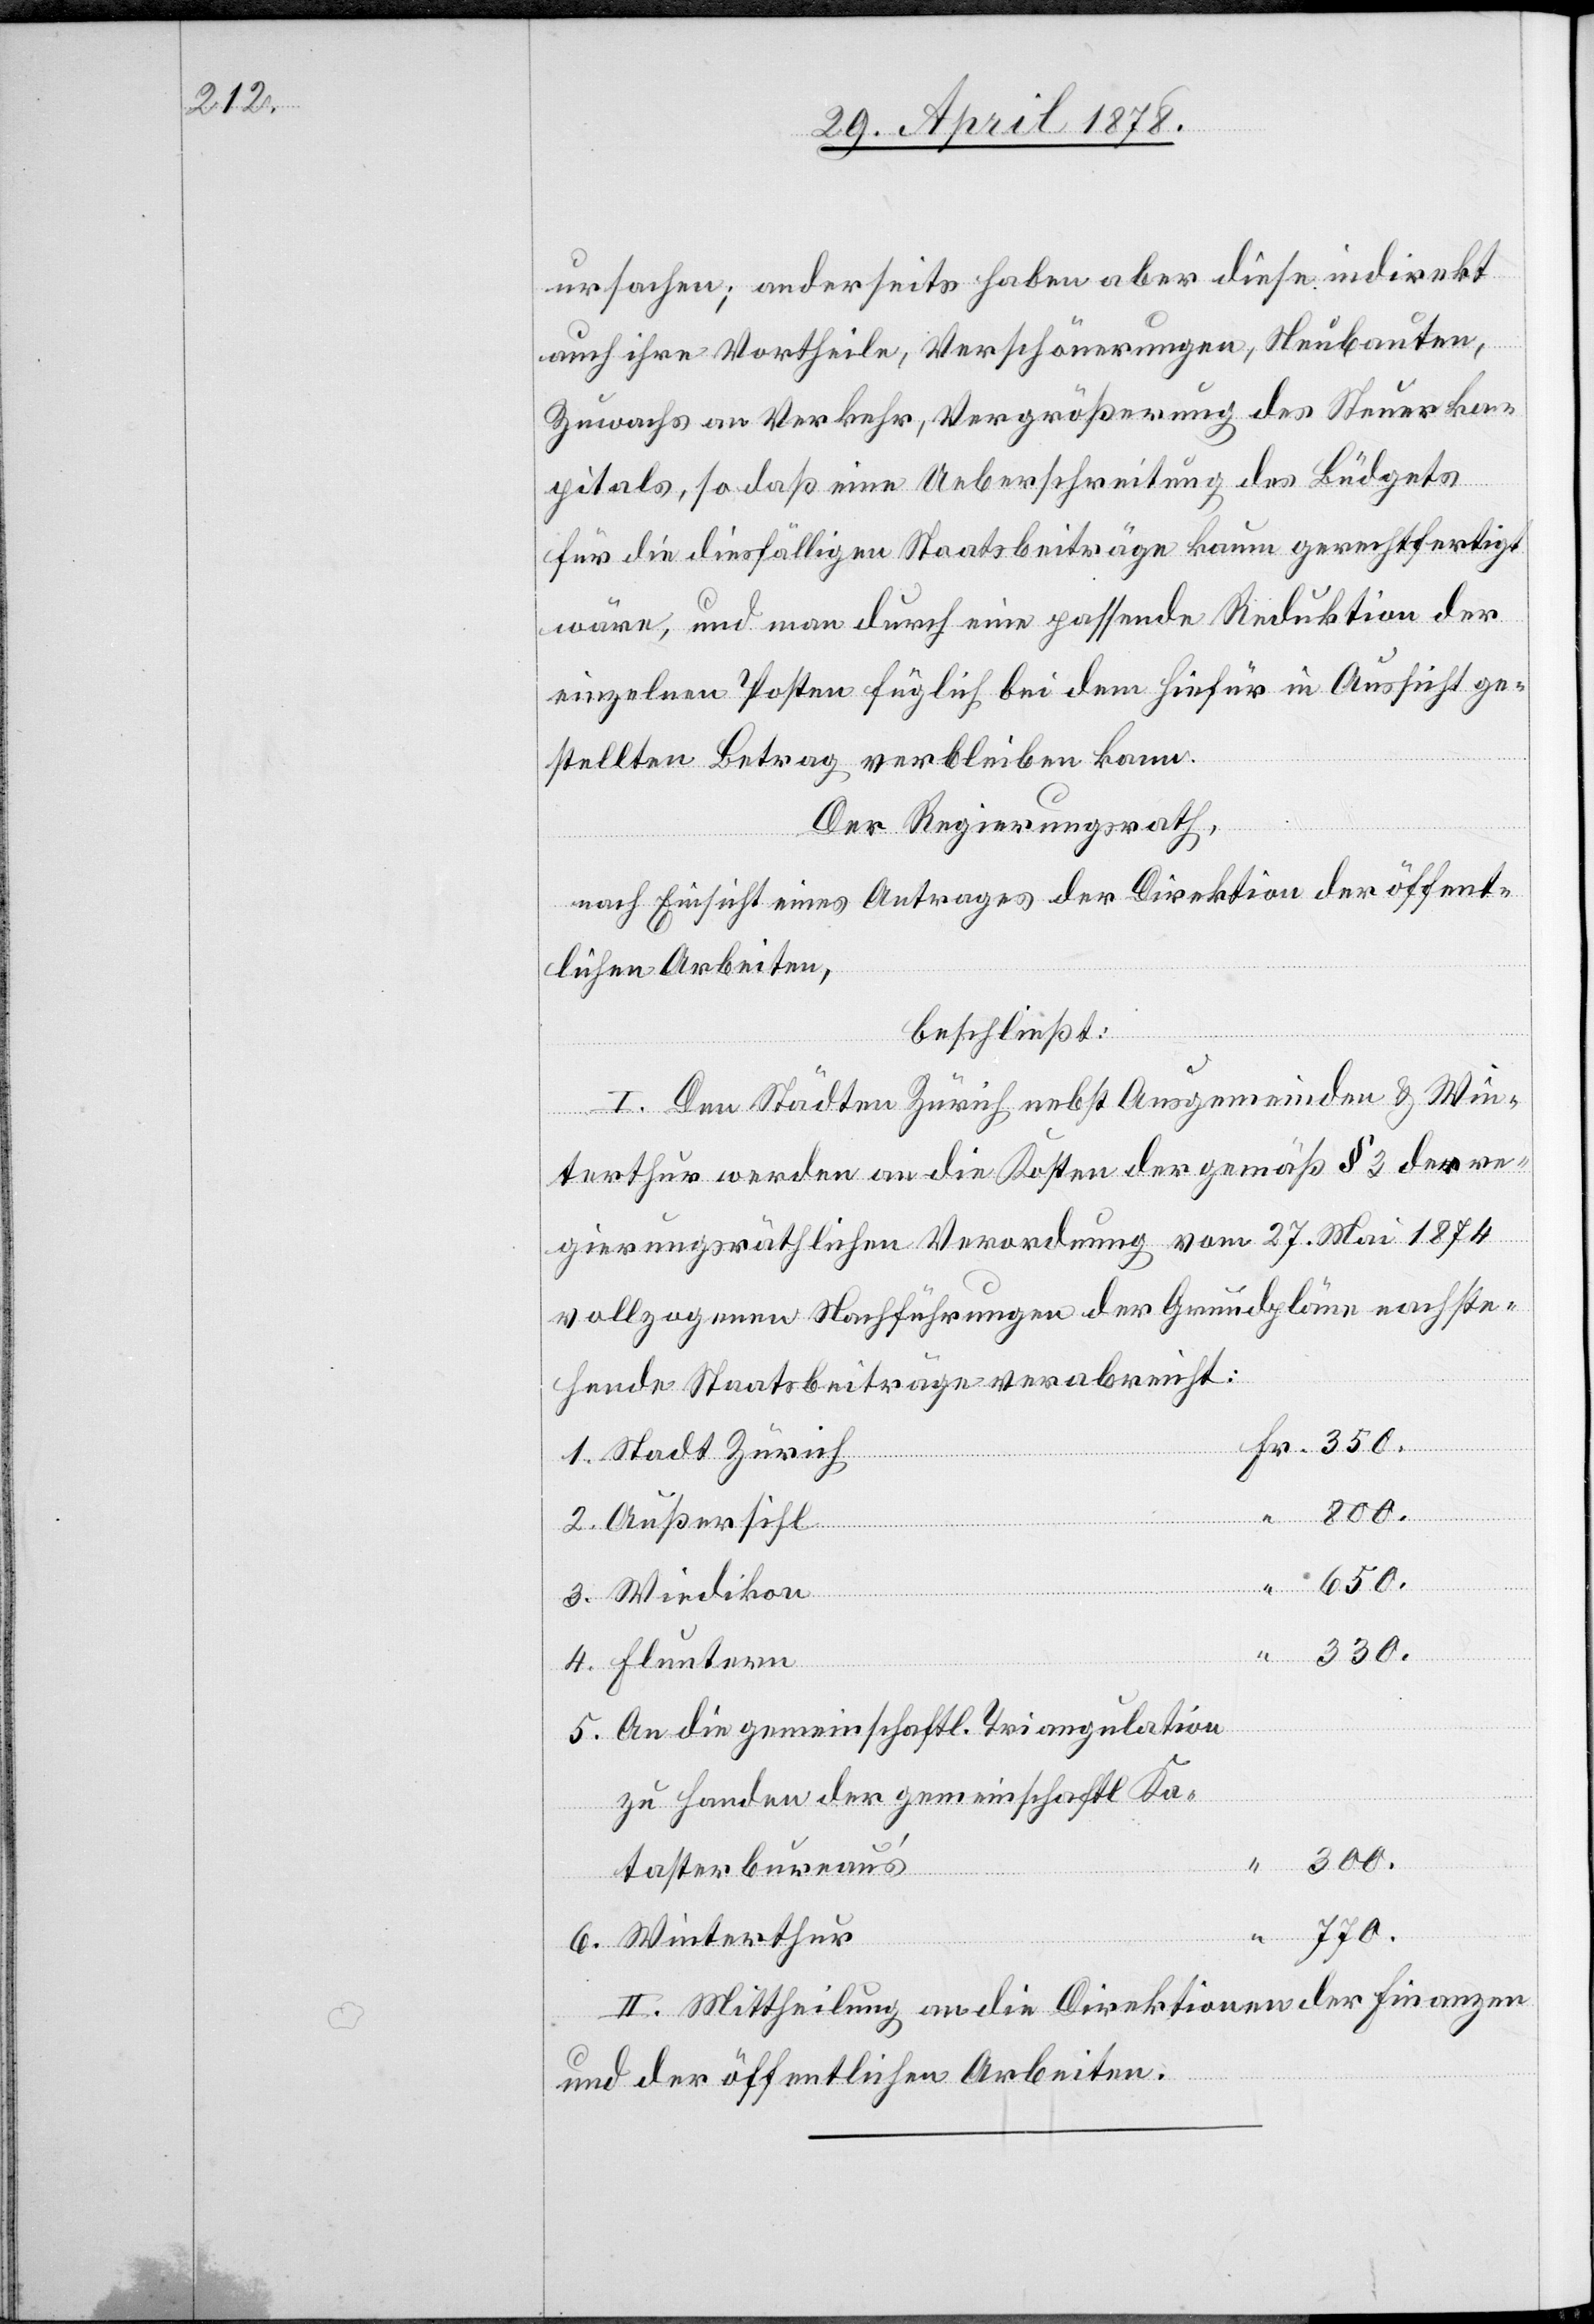
ursachen; anderseits haben aber diese indirekt
auch ihre Vortheile, Verschönerungen, Neubauten,
Zuwachs an Verkehr, Vergrößerung des Steuerka¬
pitals, so daß eine Ueberschreitung des Büdgets
für die diesfälligen Staatsbeiträge kaum gerechtfertigt
wäre, und man durch eine passende Reduktion der
einzelnen Posten füglich bei dem hiefür in Aussicht ge¬
stellten Betrag verbleiben kann.
Der Regierungsrath,
nach Einsicht eines Antrages der Direktion der öffent¬
lichen Arbeiten,
beschließt:
“
I. Den Städten Zürich nebst Ausgemeinden & Win¬
terthur werden an die Kosten der gemäß § 3 der re¬
gierungsräthlichen Verordnung vom 27. Mai 1874
vollzogene Nachführungen der Grundpläne nachste¬
hende Staatsbeiträge verabreicht:
1. Stadt Zürich
800.
2. Außersihl
650.
3. Wiedikon
330.
4. Fluntern
5. An die gemeinschaftl. Triangulation
zu Handen der gemeinschaftl. Ka¬
300.
tasterbureau’s
770.
6. Winterthur
II. Mittheilung an die Direktionen der Finanzen
und der öffentlichen Arbeiten.

Fr.